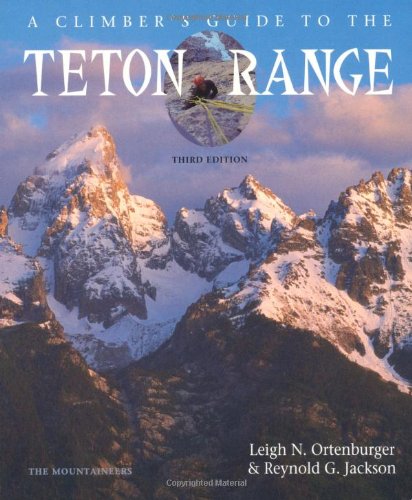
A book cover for A Climber's Guide to the Teton Range Third Edition(Climber's Guide to the Teton Range); Leigh N. Ortenburger; Sports & Outdoors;